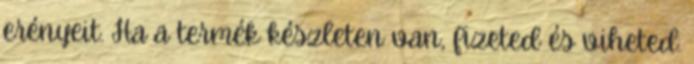
erényeit. Ha a termék készleten van, fizeted és viheted.